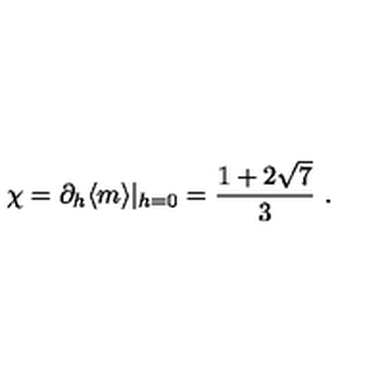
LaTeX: \chi = \partial _ { h } \langle m \rangle | _ { h = 0 } = \frac { 1 + 2 \sqrt { 7 } } { 3 } \ .